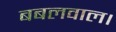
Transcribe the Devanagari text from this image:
बबलवाल।